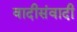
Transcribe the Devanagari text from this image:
वादीसंवादी